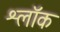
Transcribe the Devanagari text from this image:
श्लॉक